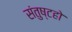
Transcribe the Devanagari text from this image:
संतुष्टहो